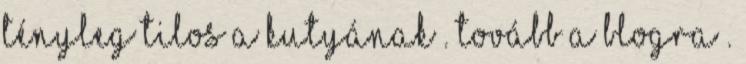
tényleg tilos a kutyának . Tovább a blogra .